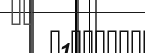
٥٢